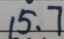
1 5 . 7